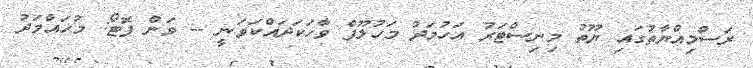
ރަސްމިއްޔާތުގައި ޔޫތު މިނިސްޓަރު އަހުމަދު މަހުލޫފް ވާހަކަދައްކަވަނީ -- ވަން ފޮޓޯ: މުހައްމަދު